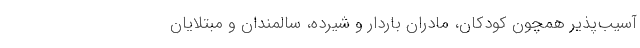
آسیب‌پذیر همچون کودکان، مادران باردار و شیرده، سالمندان و مبتلایان